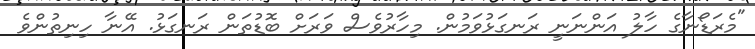
"މެރަޑޯނާގެ ހާލު އަންނަނީ ރަނގަޅުވަމުން. މިހާރުވެސް ވަރަށް ބޮޑުތަން ރަނގަޅު. އޭނާ ހިނިތުންވެ